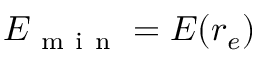
E _ { \mathrm { ~ m ~ i ~ n ~ } } = E ( r _ { e } )